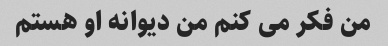
من فکر می کنم من دیوانه او هستم